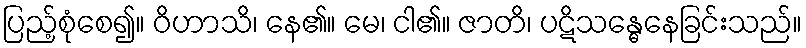
ပြည့်စုံစေ၍။ ဝိဟာသိ၊ နေ၏။ မေ၊ ငါ၏။ ဇာတိ၊ ပဋိသန္ဓေနေခြင်းသည်။